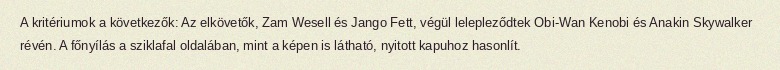
A kritériumok a következők: Az elkövetők, Zam Wesell és Jango Fett, végül lelepleződtek Obi-Wan Kenobi és Anakin Skywalker révén. A főnyílás a sziklafal oldalában, mint a képen is látható, nyitott kapuhoz hasonlít.